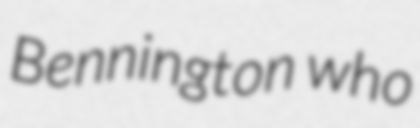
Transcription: Bennington who